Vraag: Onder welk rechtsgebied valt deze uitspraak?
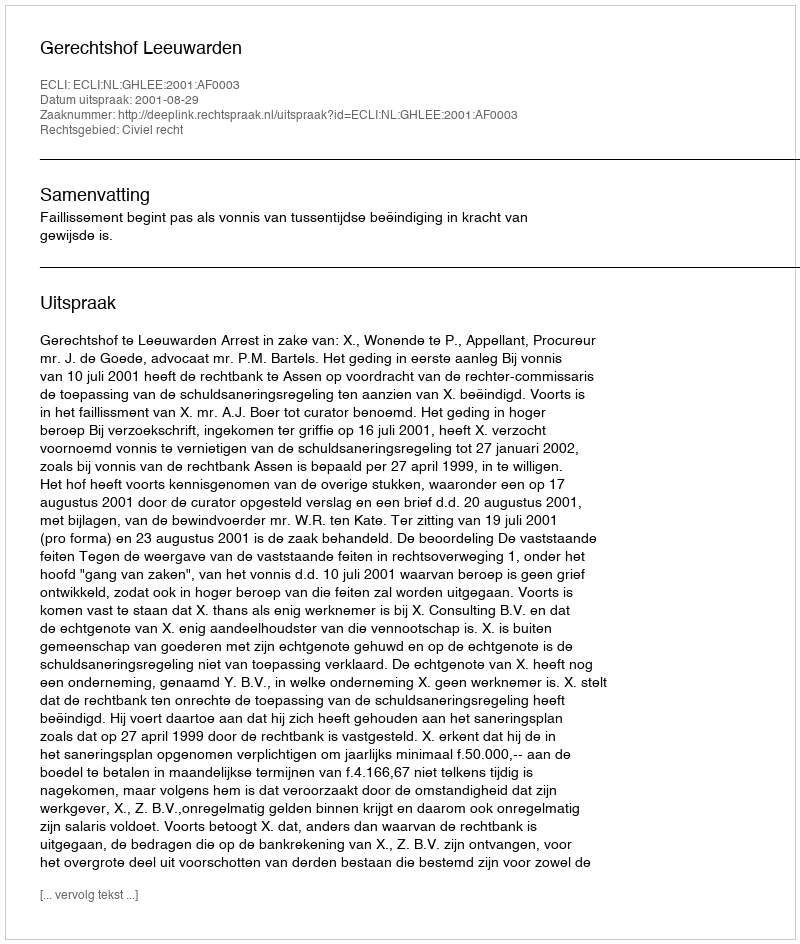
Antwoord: Civiel recht